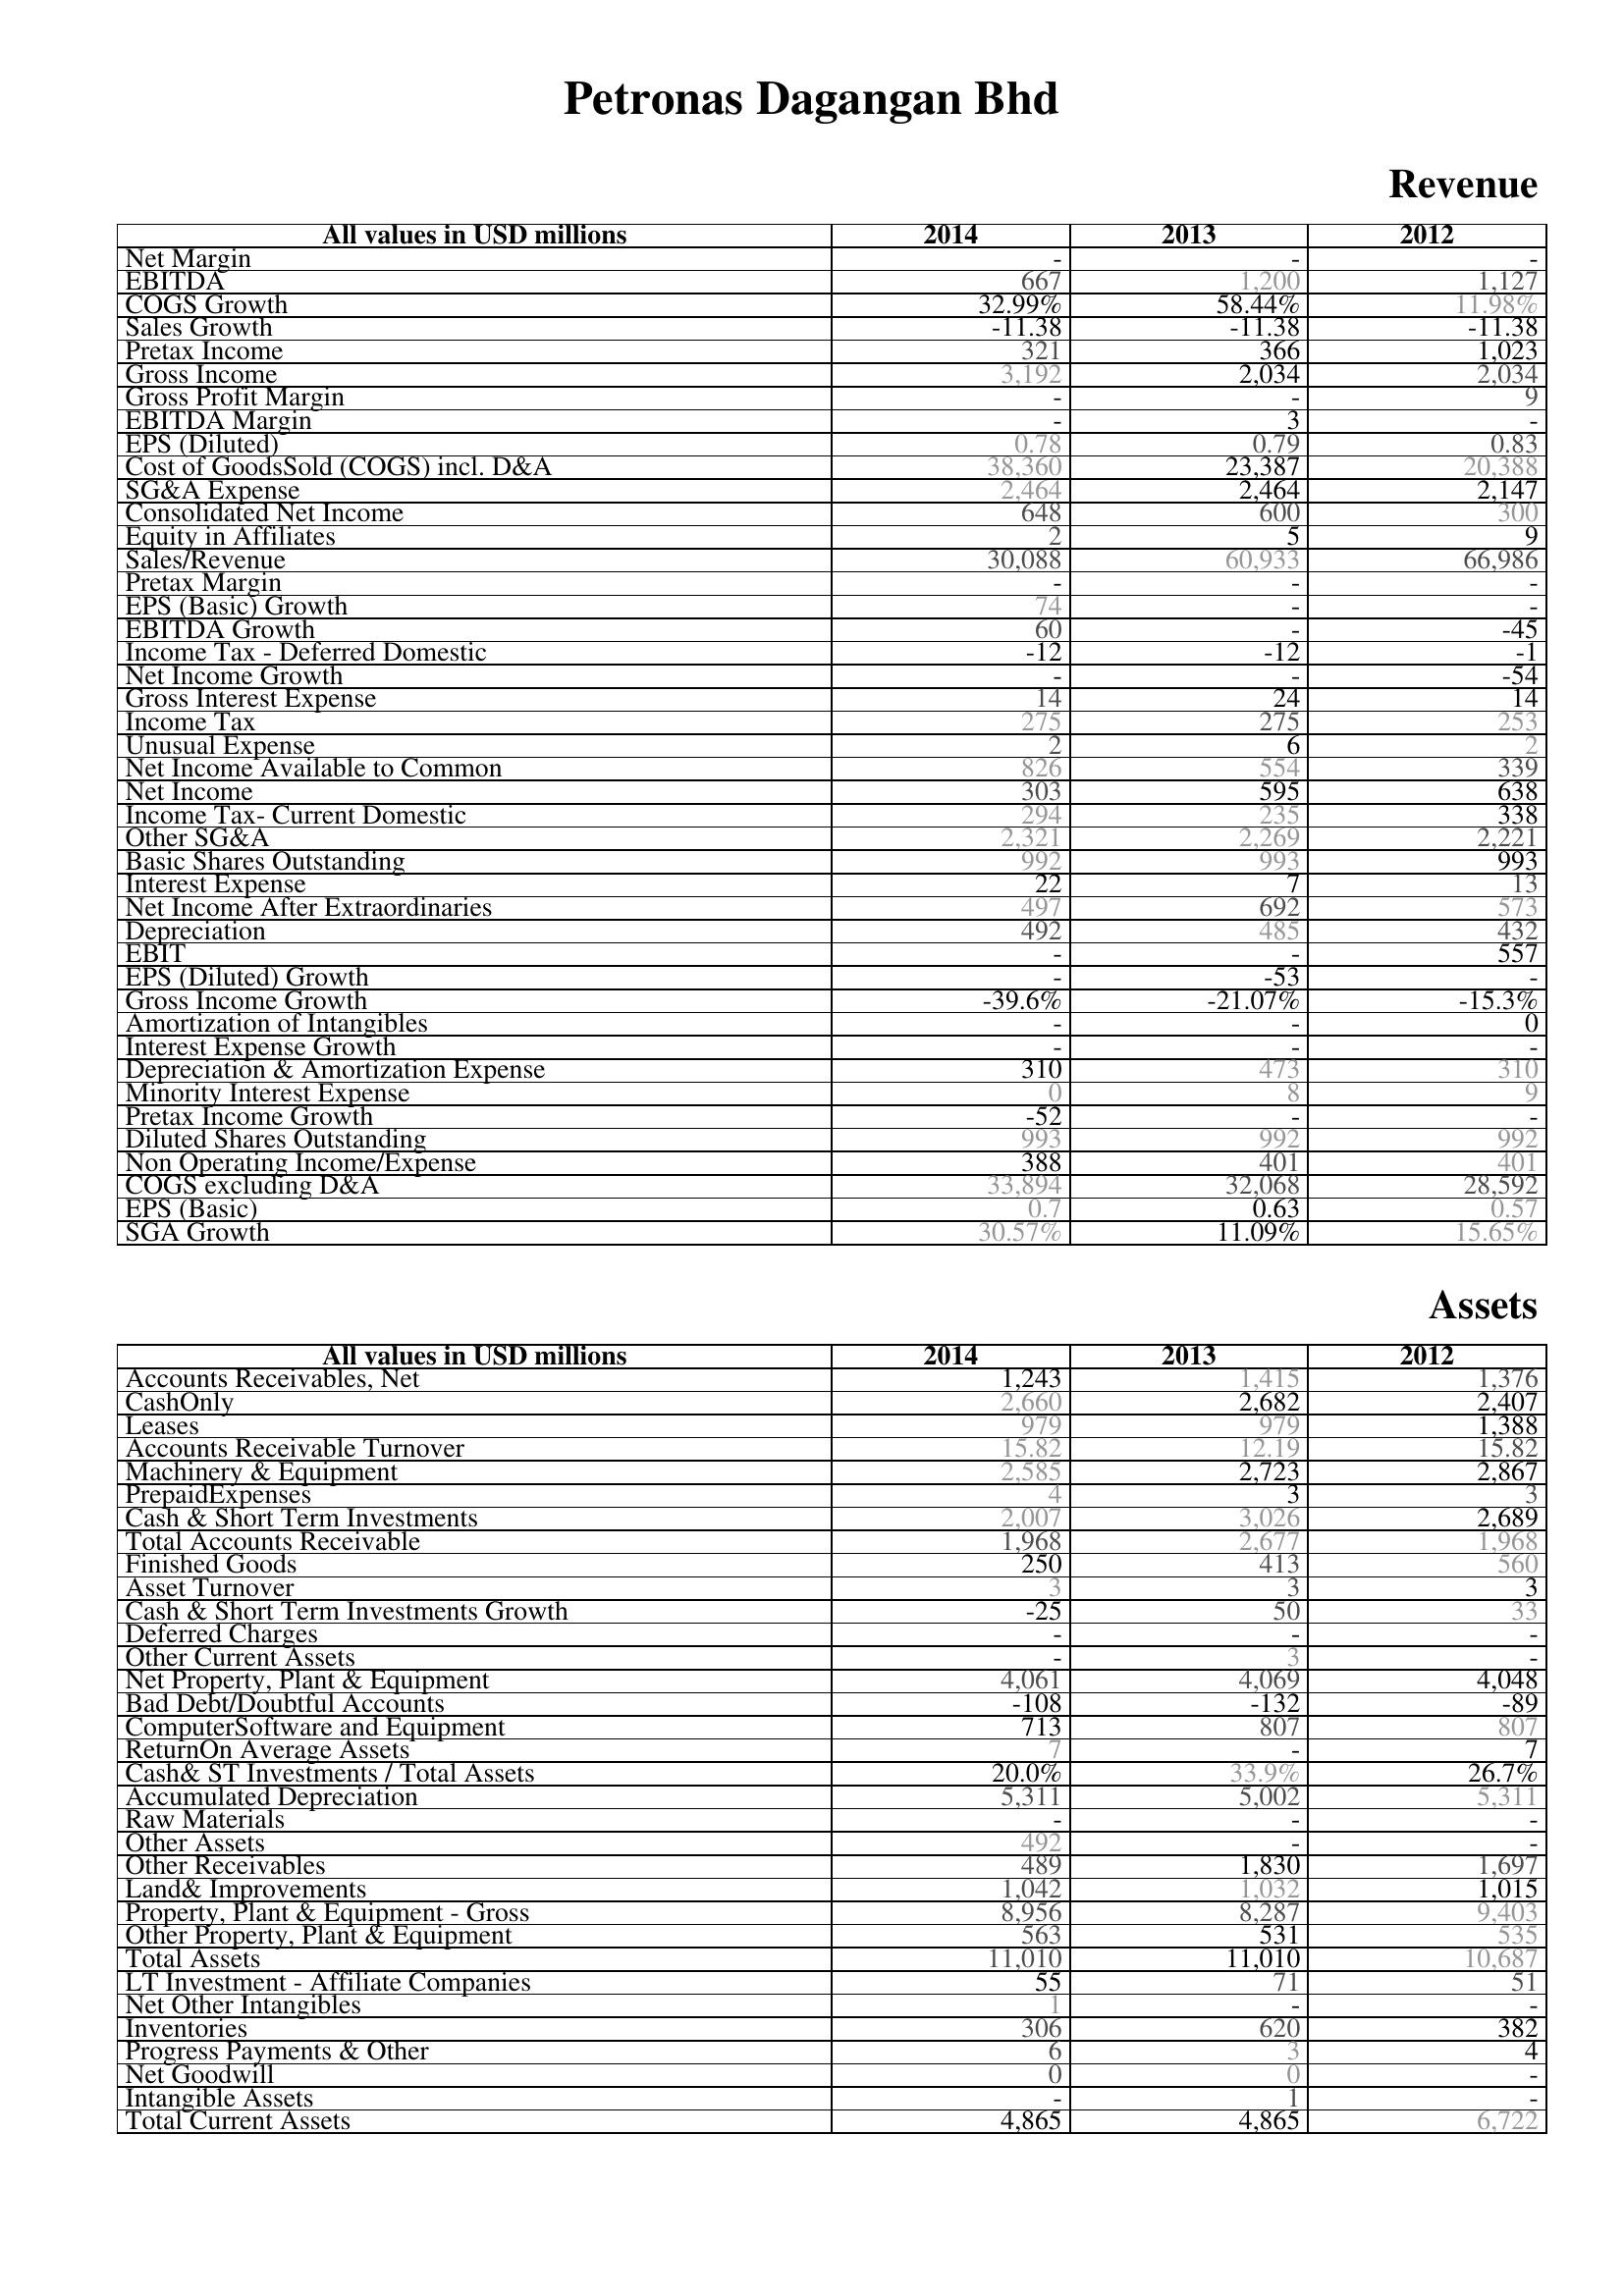
2014: Revenue: Net Margin: -
EBITDA: 667
COGS Growth: 32.99%
Sales Growth: -11.38
Pretax Income: 321
Gross Income: 3,192
Gross Profit Margin: -
EBITDA Margin: -
EPS (Diluted): 0.78
Cost of GoodsSold (COGS) incl. D&A: 38,360
SG&A Expense: 2,464
Consolidated Net Income: 648
Equity in Affiliates: 2
Sales/Revenue: 30,088
Pretax Margin: -
EPS (Basic) Growth: 74
EBITDA Growth: 60
Income Tax - Deferred Domestic: -12
Net Income Growth: -
Gross Interest Expense: 14
Income Tax: 275
Unusual Expense: 2
Net Income Available to Common: 826
Net Income: 303
Income Tax- Current Domestic: 294
Other SG&A: 2,321
Basic Shares Outstanding: 992
Interest Expense: 22
Net Income After Extraordinaries: 497
Depreciation: 492
EBIT: -
EPS (Diluted) Growth: -
Gross Income Growth: -39.6%
Amortization of Intangibles: -
Interest Expense Growth: -
Depreciation & Amortization Expense: 310
Minority Interest Expense: 0
Pretax Income Growth: -52
Diluted Shares Outstanding: 993
Non Operating Income/Expense: 388
COGS excluding D&A: 33,894
EPS (Basic): 0.7
SGA Growth: 30.57%
Assets: Accounts Receivables, Net: 1,243
CashOnly: 2,660
Leases: 979
Accounts Receivable Turnover: 15.82
Machinery & Equipment: 2,585
PrepaidExpenses: 4
Cash & Short Term Investments: 2,007
Total Accounts Receivable: 1,968
Finished Goods: 250
Asset Turnover: 3
Cash & Short Term Investments Growth: -25
Deferred Charges: -
Other Current Assets: -
Net Property, Plant & Equipment: 4,061
Bad Debt/Doubtful Accounts: -108
ComputerSoftware and Equipment: 713
ReturnOn Average Assets: 7
Cash& ST Investments / Total Assets: 20.0%
Accumulated Depreciation: 5,311
Raw Materials: -
Other Assets: 492
Other Receivables: 489
Land& Improvements: 1,042
Property, Plant & Equipment - Gross : 8,956
Other Property, Plant & Equipment: 563
Total Assets: 11,010
LT Investment - Affiliate Companies: 55
Net Other Intangibles: 1
Inventories: 306
Progress Payments & Other: 6
Net Goodwill: 0
Intangible Assets: -
Total Current Assets: 4,865
2013: Revenue: Net Margin: -
EBITDA: 1,200
COGS Growth: 58.44%
Sales Growth: -11.38
Pretax Income: 366
Gross Income: 2,034
Gross Profit Margin: -
EBITDA Margin: 3
EPS (Diluted): 0.79
Cost of GoodsSold (COGS) incl. D&A: 23,387
SG&A Expense: 2,464
Consolidated Net Income: 600
Equity in Affiliates: 5
Sales/Revenue: 60,933
Pretax Margin: -
EPS (Basic) Growth: -
EBITDA Growth: -
Income Tax - Deferred Domestic: -12
Net Income Growth: -
Gross Interest Expense: 24
Income Tax: 275
Unusual Expense: 6
Net Income Available to Common: 554
Net Income: 595
Income Tax- Current Domestic: 235
Other SG&A: 2,269
Basic Shares Outstanding: 993
Interest Expense: 7
Net Income After Extraordinaries: 692
Depreciation: 485
EBIT: -
EPS (Diluted) Growth: -53
Gross Income Growth: -21.07%
Amortization of Intangibles: -
Interest Expense Growth: -
Depreciation & Amortization Expense: 473
Minority Interest Expense: 8
Pretax Income Growth: -
Diluted Shares Outstanding: 992
Non Operating Income/Expense: 401
COGS excluding D&A: 32,068
EPS (Basic): 0.63
SGA Growth: 11.09%
Assets: Accounts Receivables, Net: 1,415
CashOnly: 2,682
Leases: 979
Accounts Receivable Turnover: 12.19
Machinery & Equipment: 2,723
PrepaidExpenses: 3
Cash & Short Term Investments: 3,026
Total Accounts Receivable: 2,677
Finished Goods: 413
Asset Turnover: 3
Cash & Short Term Investments Growth: 50
Deferred Charges: -
Other Current Assets: 3
Net Property, Plant & Equipment: 4,069
Bad Debt/Doubtful Accounts: -132
ComputerSoftware and Equipment: 807
ReturnOn Average Assets: -
Cash& ST Investments / Total Assets: 33.9%
Accumulated Depreciation: 5,002
Raw Materials: -
Other Assets: -
Other Receivables: 1,830
Land& Improvements: 1,032
Property, Plant & Equipment - Gross : 8,287
Other Property, Plant & Equipment: 531
Total Assets: 11,010
LT Investment - Affiliate Companies: 71
Net Other Intangibles: -
Inventories: 620
Progress Payments & Other: 3
Net Goodwill: 0
Intangible Assets: 1
Total Current Assets: 4,865
2012: Revenue: Net Margin: -
EBITDA: 1,127
COGS Growth: 11.98%
Sales Growth: -11.38
Pretax Income: 1,023
Gross Income: 2,034
Gross Profit Margin: 9
EBITDA Margin: -
EPS (Diluted): 0.83
Cost of GoodsSold (COGS) incl. D&A: 20,388
SG&A Expense: 2,147
Consolidated Net Income: 300
Equity in Affiliates: 9
Sales/Revenue: 66,986
Pretax Margin: -
EPS (Basic) Growth: -
EBITDA Growth: -45
Income Tax - Deferred Domestic: -1
Net Income Growth: -54
Gross Interest Expense: 14
Income Tax: 253
Unusual Expense: 2
Net Income Available to Common: 339
Net Income: 638
Income Tax- Current Domestic: 338
Other SG&A: 2,221
Basic Shares Outstanding: 993
Interest Expense: 13
Net Income After Extraordinaries: 573
Depreciation: 432
EBIT: 557
EPS (Diluted) Growth: -
Gross Income Growth: -15.3%
Amortization of Intangibles: 0
Interest Expense Growth: -
Depreciation & Amortization Expense: 310
Minority Interest Expense: 9
Pretax Income Growth: -
Diluted Shares Outstanding: 992
Non Operating Income/Expense: 401
COGS excluding D&A: 28,592
EPS (Basic): 0.57
SGA Growth: 15.65%
Assets: Accounts Receivables, Net: 1,376
CashOnly: 2,407
Leases: 1,388
Accounts Receivable Turnover: 15.82
Machinery & Equipment: 2,867
PrepaidExpenses: 3
Cash & Short Term Investments: 2,689
Total Accounts Receivable: 1,968
Finished Goods: 560
Asset Turnover: 3
Cash & Short Term Investments Growth: 33
Deferred Charges: -
Other Current Assets: -
Net Property, Plant & Equipment: 4,048
Bad Debt/Doubtful Accounts: -89
ComputerSoftware and Equipment: 807
ReturnOn Average Assets: 7
Cash& ST Investments / Total Assets: 26.7%
Accumulated Depreciation: 5,311
Raw Materials: -
Other Assets: -
Other Receivables: 1,697
Land& Improvements: 1,015
Property, Plant & Equipment - Gross : 9,403
Other Property, Plant & Equipment: 535
Total Assets: 10,687
LT Investment - Affiliate Companies: 51
Net Other Intangibles: -
Inventories: 382
Progress Payments & Other: 4
Net Goodwill: -
Intangible Assets: -
Total Current Assets: 6,722